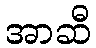
အာဆီ